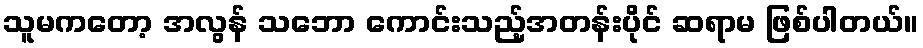
သူမကတော့ အလွန် သဘော ကောင်းသည့်အတန်းပိုင် ဆရာမ ဖြစ်ပါတယ်။